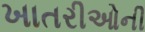
ખાતરીઓની